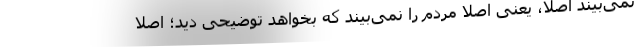
نمی‌بیند اصلا، یعنی اصلا مردم را نمی‌بیند که بخواهد توضیحی دید؛ اصلا